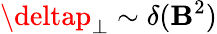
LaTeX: \deltap_{\perp}\sim\delta(\mathbf{B}^{2})